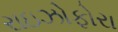
રાઇઝોફોરા